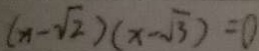
( x - \sqrt { 2 } ) ( x - \sqrt { 3 } ) = 0